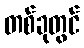
တစ်ခုတွင်